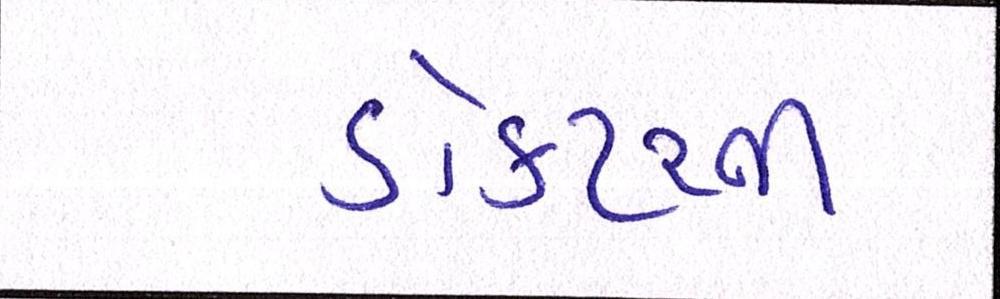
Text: ડોકટરની